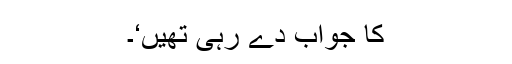
کا جواب دے رہی تھیں‘۔